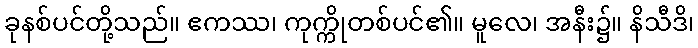
ခုနစ်ပင်တို့သည်။ ဧကဿ၊ ကုက္ကိုတစ်ပင်၏။ မူလေ၊ အနီး၌။ နိသီဒိ၊